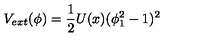
V _ { e x t } ( \phi ) = { \frac { 1 } { 2 } } U ( x ) ( \phi _ { 1 } ^ { 2 } - 1 ) ^ { 2 }